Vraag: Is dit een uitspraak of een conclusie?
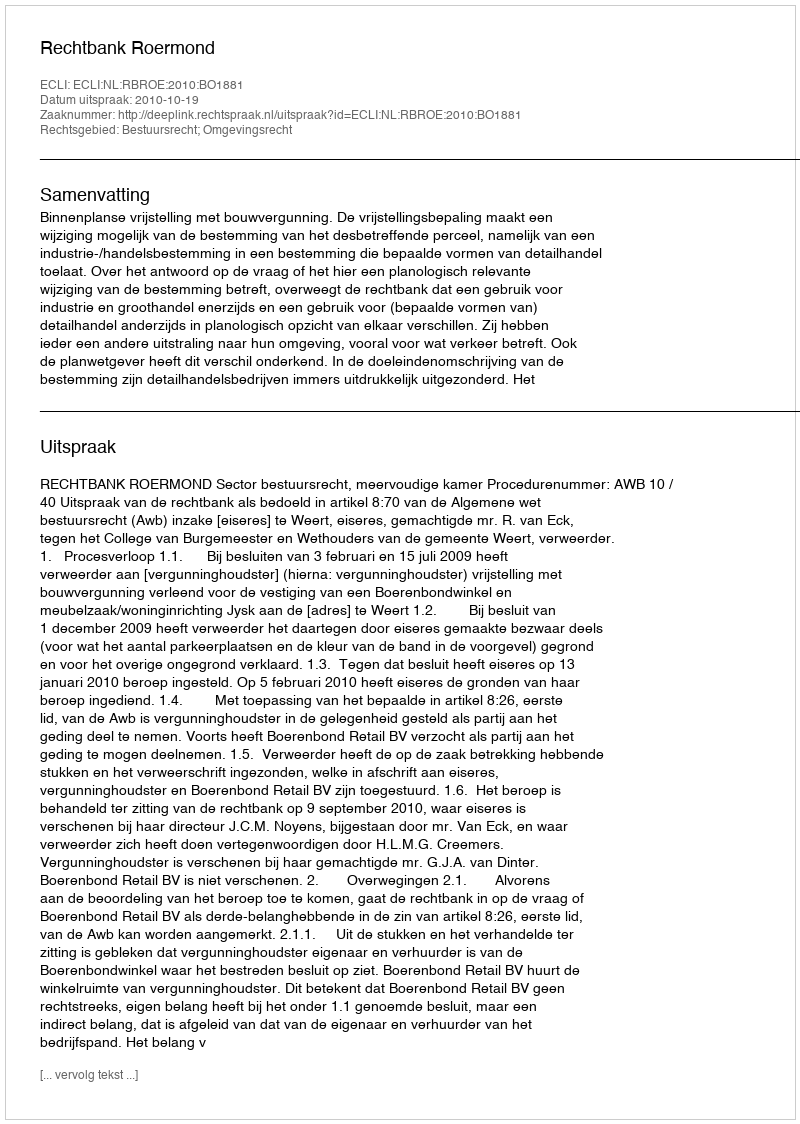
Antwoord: Uitspraak